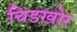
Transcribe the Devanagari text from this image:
चिडखोर